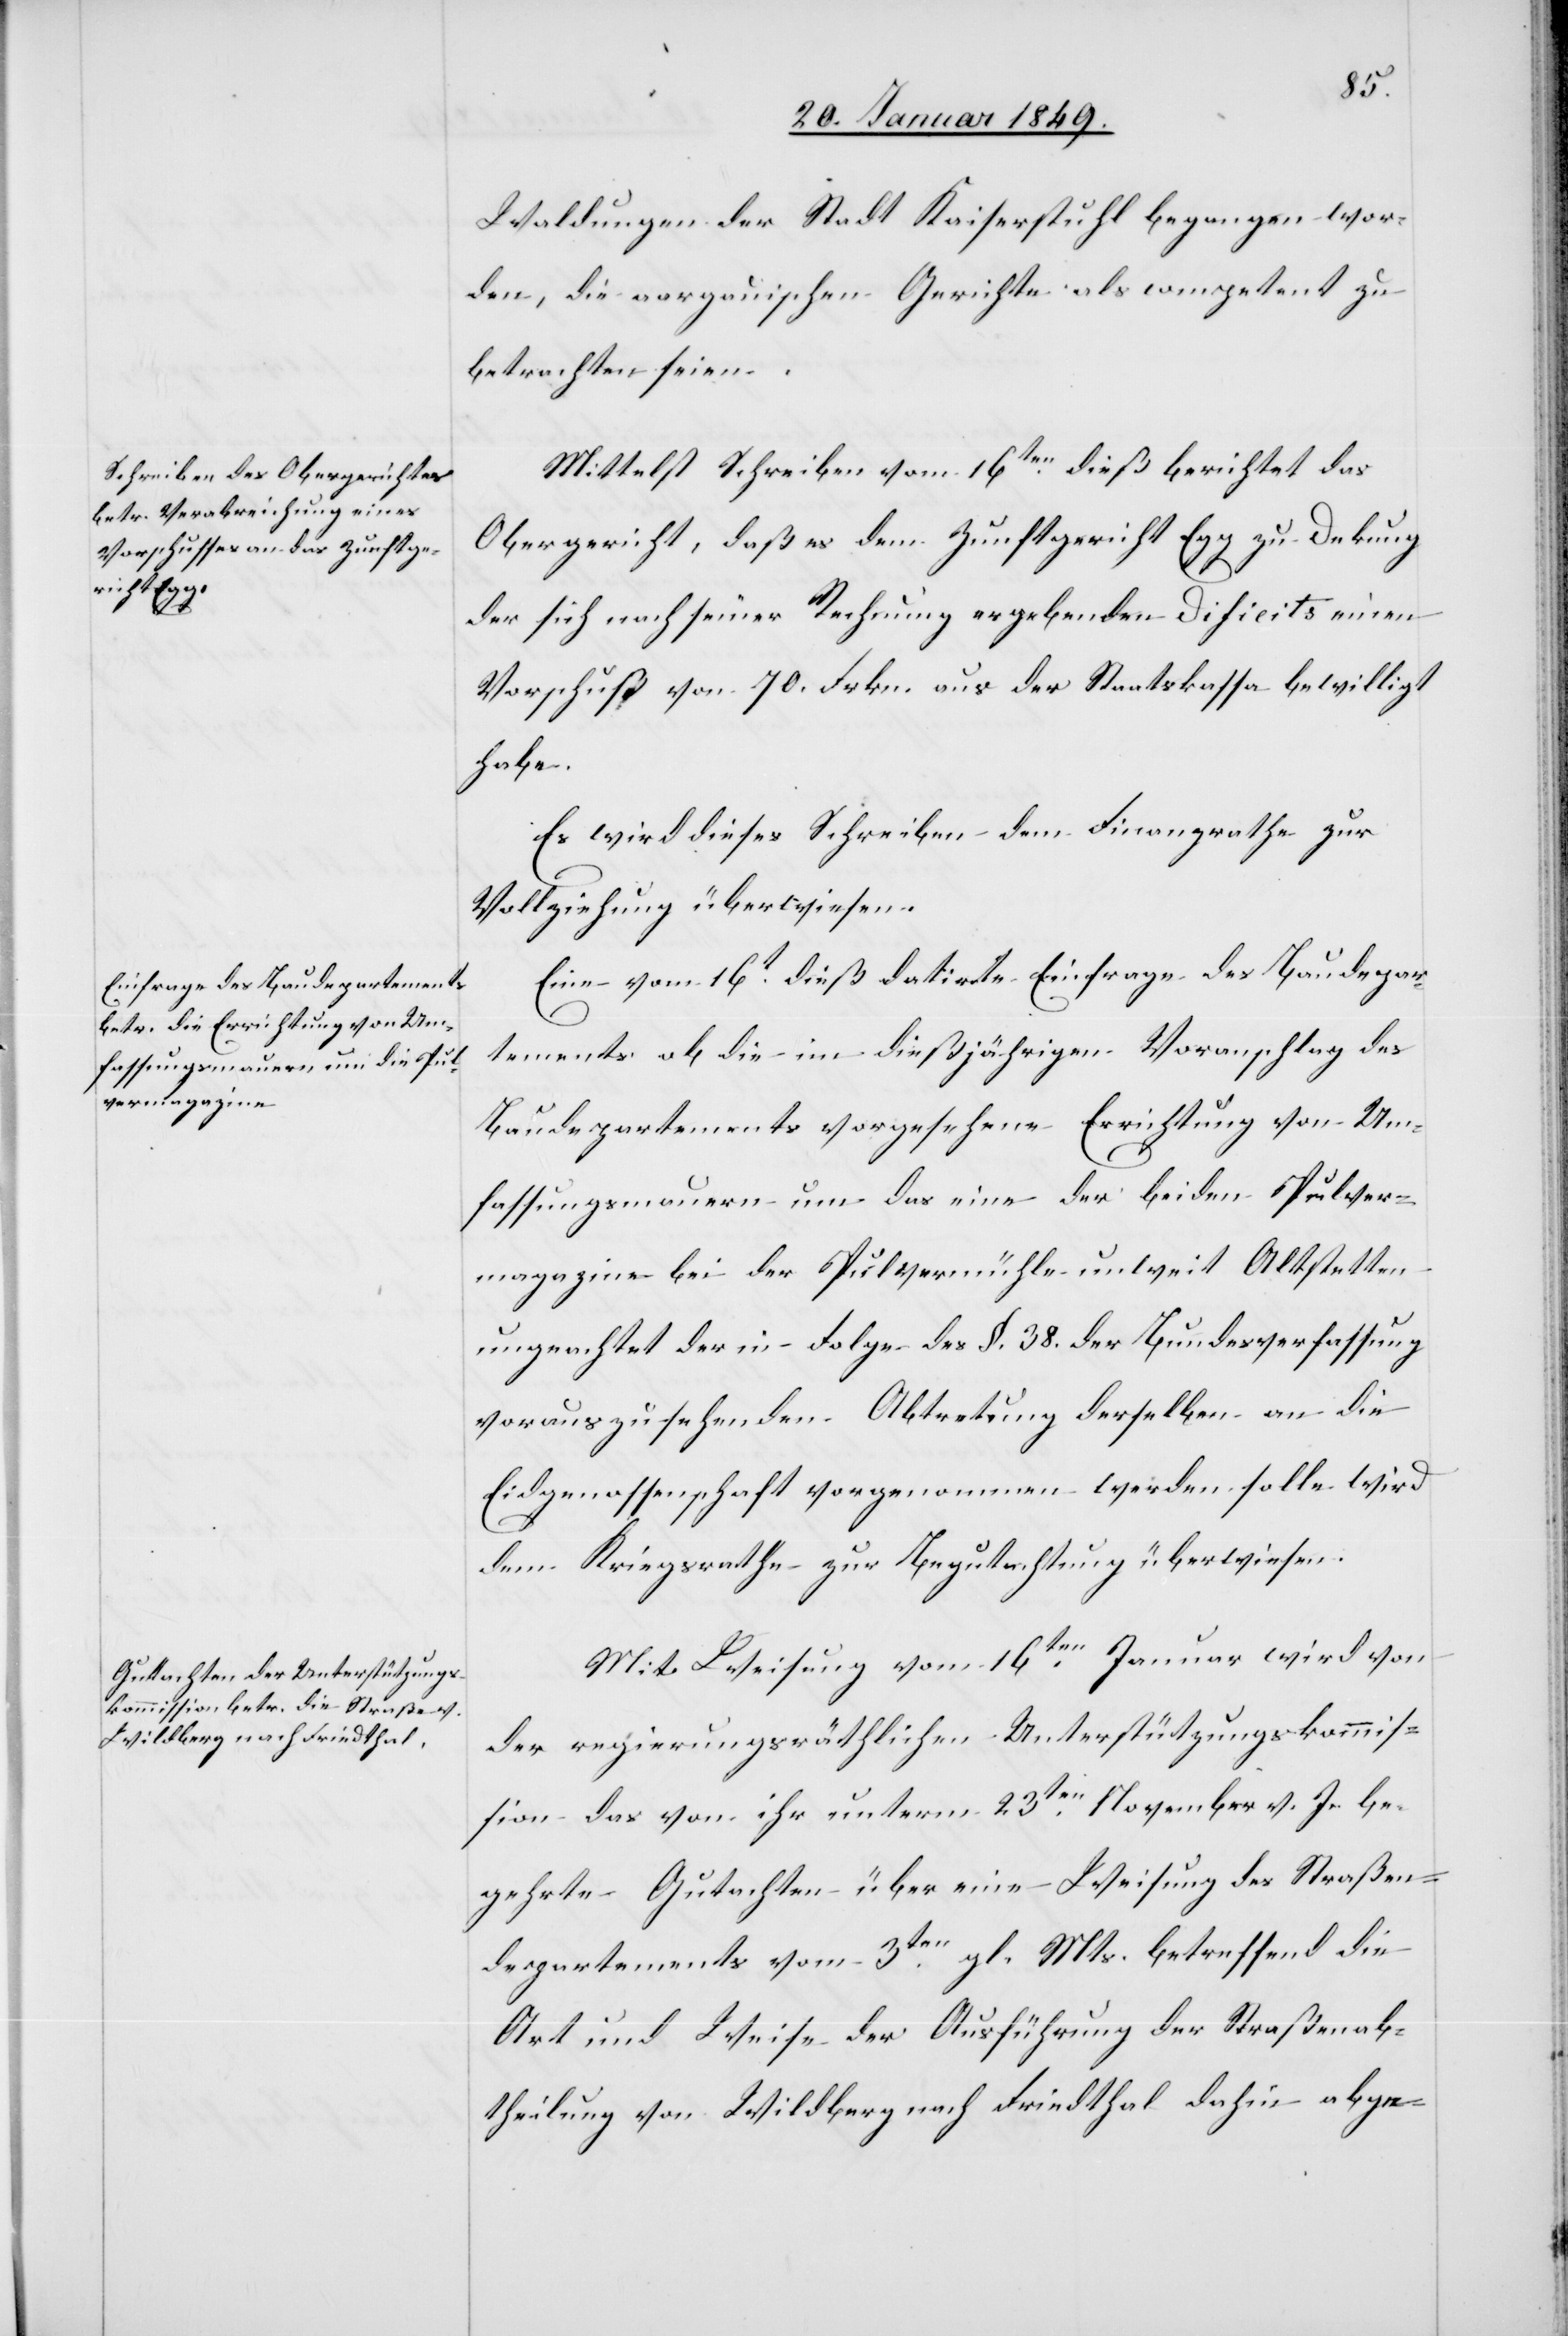
Waldungen der Stadt Kaiserstuhl begangen wor¬
den, die aargauischen Gerichte als competent zu
betrachten seien.
Mittelst Schreiben vom 16ten. dieß berichtet das
Obergericht, daß es dem Zunftgericht Egg zu Dekung
der sich nach seiner Rechnung ergebenden Dificits einen
Vorschuß von 70. Frkn. aus der Staatskassa bewilligt
habe.
Es wird dieses Schreiben dem Finanzrathe zur
Vollziehung überwiesen.
Eine vom 16t. dieß datirte Einfrage des Baudepar¬
tements ob die im dießjährigen Voranschlag des
Baudepartements vorgesehene Errichtung von Um¬
fassungsmauern um das eine der beiden Pulver¬
magazine bei der Pulvermühle unweit Altstetten
ungeachtet der in Folge des §. 38. der Bundesverfassung
vorauszusehenden Abtretung derselben an die
Eidgenossenschaft vorgenommen werden solle wird
dem Kriegsrathe zur Begutachtung überwiesen.
Mit Weisung vom 16ten. Januar wird von
der regierungsräthlichen Unterstützungskommis¬
sion das von ihr unterm 23ten. November v. J. be¬
gehrte Gutachten über eine Weisung des Straßen¬
departements vom 3ten. gl. Mts. betreffend die
Art und Weise der Ausführung der Straßenab¬
theilung von Wildberg nach Friedthal dahin abge-